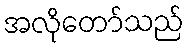
အလိုတော်သည်